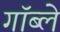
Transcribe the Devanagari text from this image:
गॉब्ले